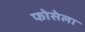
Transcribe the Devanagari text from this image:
फोसेला